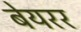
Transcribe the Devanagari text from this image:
बेयरर